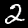
Digit: 2